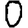
Digit: 0